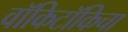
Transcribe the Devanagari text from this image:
वॉकिटॉकिचा